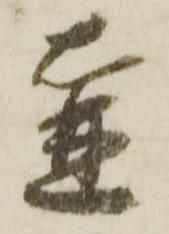
壷